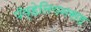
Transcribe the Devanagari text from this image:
पॅव्हेलियनसह